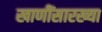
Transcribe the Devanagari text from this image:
खाणींसारख्या